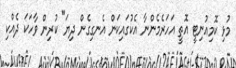
މުޅި ކޮމިއުނިޓީ އޮތީ އަހަރެމެންނާ އެކުގައިކަން އެނގިގެން ދިޔަ" ކުރިން ވާހަކަ ދެއްކި